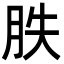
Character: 胅